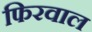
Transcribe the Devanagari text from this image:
फिरवाल